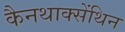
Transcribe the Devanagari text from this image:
कैनथाक्सेंथिन